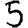
Digit: 5